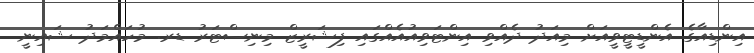
އިންޑިއާގެ އެންޑީޓީވީއަށް މިއަދު ދެއްވި އިންޓަވިއުއެއްގައި ފިޝަރީޒް މިނިސްޓަރު ޑރ. މުހައްމަދު ޝައިނީ